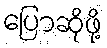
ပြောဆိုဖို့